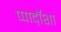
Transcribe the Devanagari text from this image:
प्पाद़ॉशा